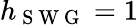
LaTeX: h_{\mathrm{~S~W~G~}}=1